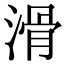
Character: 滑